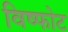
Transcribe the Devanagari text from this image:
विष्फोट